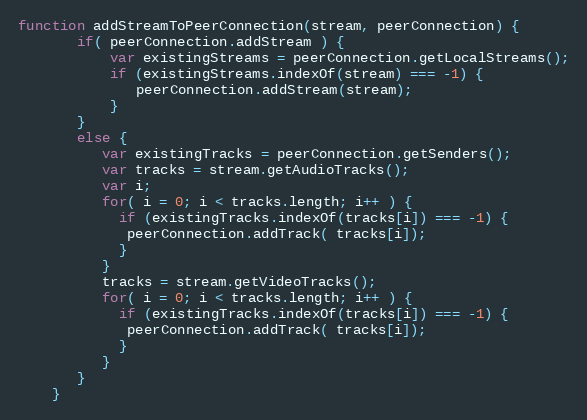
Language: JavaScript
function addStreamToPeerConnection(stream, peerConnection) {
       if( peerConnection.addStream ) {
           var existingStreams = peerConnection.getLocalStreams();
           if (existingStreams.indexOf(stream) === -1) {
              peerConnection.addStream(stream);
           }
       }
       else {
          var existingTracks = peerConnection.getSenders();
          var tracks = stream.getAudioTracks();
          var i;
          for( i = 0; i < tracks.length; i++ ) {
            if (existingTracks.indexOf(tracks[i]) === -1) {
             peerConnection.addTrack( tracks[i]);
            }
          }
          tracks = stream.getVideoTracks();
          for( i = 0; i < tracks.length; i++ ) {
            if (existingTracks.indexOf(tracks[i]) === -1) {
             peerConnection.addTrack( tracks[i]);
            }
          }
       }
    }